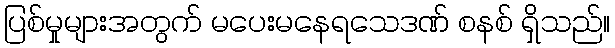
ပြစ်မှုများအတွက် မပေးမနေရသေဒဏ် စနစ် ရှိသည်။